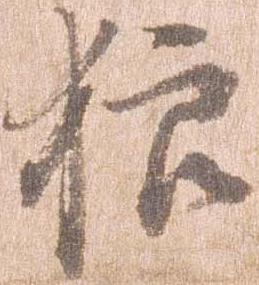
狼